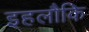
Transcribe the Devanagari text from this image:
इहलौकि